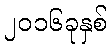
၂၀၁၆ခုနှစ်